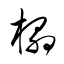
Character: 榻